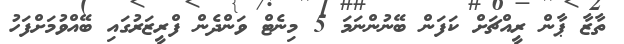
ތާޒާ ޕާން ރީއްޗަށް ކަފަން ބޭނުންނަމަ 5 މިނެޓް ވަންދެން ފްރީޒަރުގައި ބޭއްވުމަށްފަހު